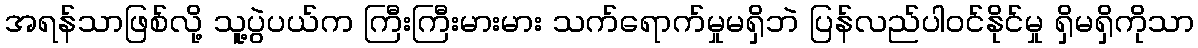
အရန်သာဖြစ်လို့ သူ့ပွဲပယ်က ကြီးကြီးမားမား သက်ရောက်မှုမရှိဘဲ ပြန်လည်ပါဝင်နိုင်မှု ရှိမရှိကိုသာ